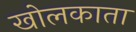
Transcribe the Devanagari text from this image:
खोलकाता